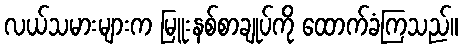
လယ်သမားများက မြူးနစ်စာချုပ်ကို ထောက်ခံကြသည်။